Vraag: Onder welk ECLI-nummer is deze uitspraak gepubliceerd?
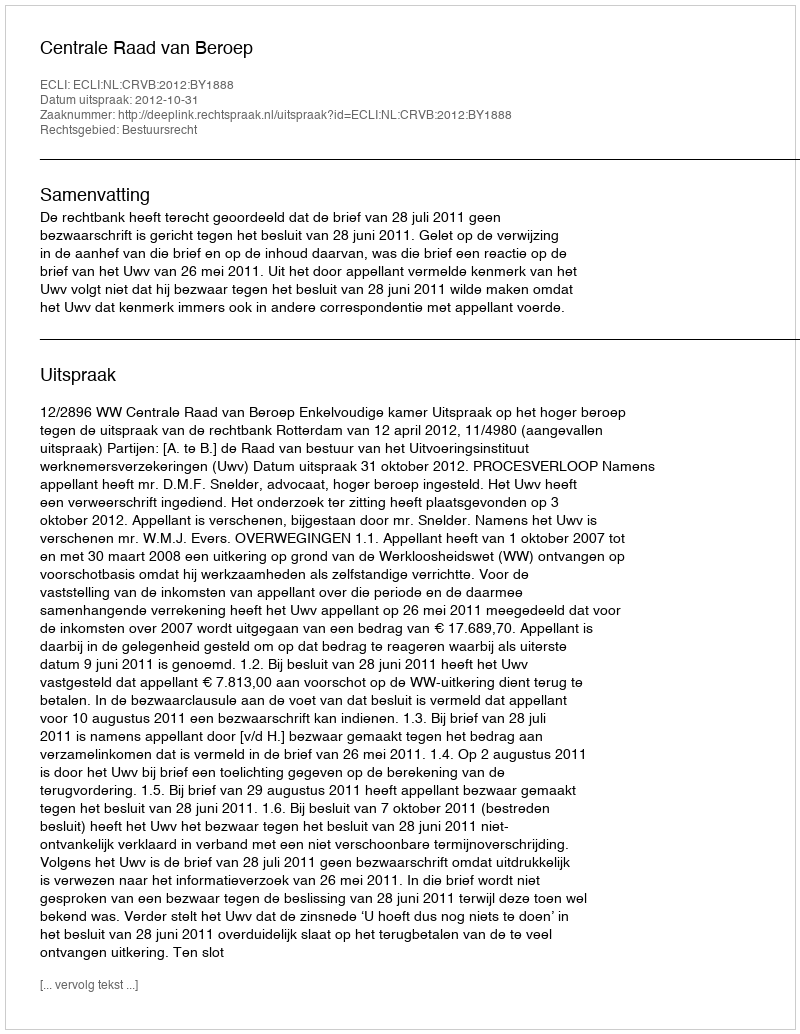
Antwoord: ECLI:NL:CRVB:2012:BY1888